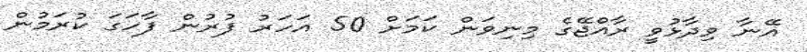
އޭނާ ވިދާޅުވީ ރާއްޖޭގެ މިނިވަން ކަމަށް 50 އަހަރު ފުރުން ފާހަގަ ކުރަމުން